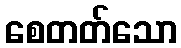
စေတတ်သော